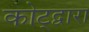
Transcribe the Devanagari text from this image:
कोट्द्वारा